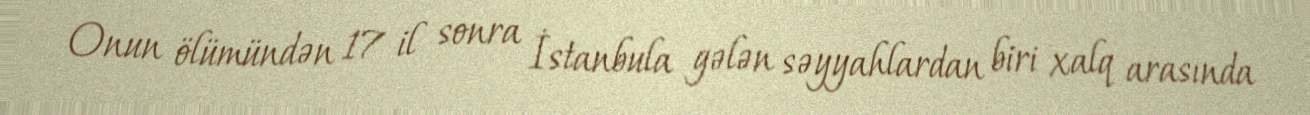
Onun ölümündən 17 il sonra İstanbula gələn səyyahlardan biri xalq arasında